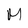
Character: M